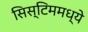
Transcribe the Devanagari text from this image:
सिस्टिममध्ये